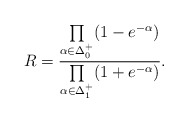
\begin{align*}R = \frac{\prod\limits_{\alpha\in\Delta_0^+}(1-e^{-\alpha})}{\prod\limits_{\alpha\in\Delta_1^+}(1+e^{-\alpha})}.\end{align*}